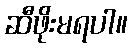
ဆီဖိုးမရပါ။